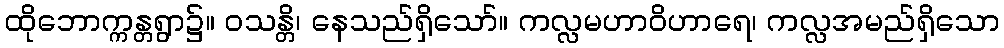
ထိုဘောက္ကန္တရွာ၌။ ဝသန္တိ၊ နေသည်ရှိသော်။ ကလ္လမဟာဝိဟာရေ၊ ကလ္လအမည်ရှိသော